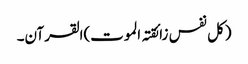
(کل نفس زائقتہ الموت)القرآن۔